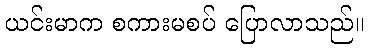
ယင်းမာက စကားမစပ် ပြောလာသည်။